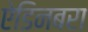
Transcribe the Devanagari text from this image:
ऐडिनबरा